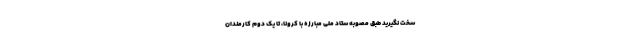
سخت نگیرید طبق مصوبه ستاد ملی مبارزه با کرونا، تا یک دوم کارمندان